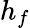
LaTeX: h_{f}